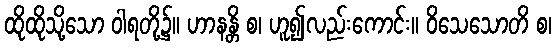
ထိုထိုသို့သော ဝါရတို့၌။ ဟာနန္တိ စ၊ ဟူ၍လည်းကောင်း။ ဝိသေသောတိ စ၊